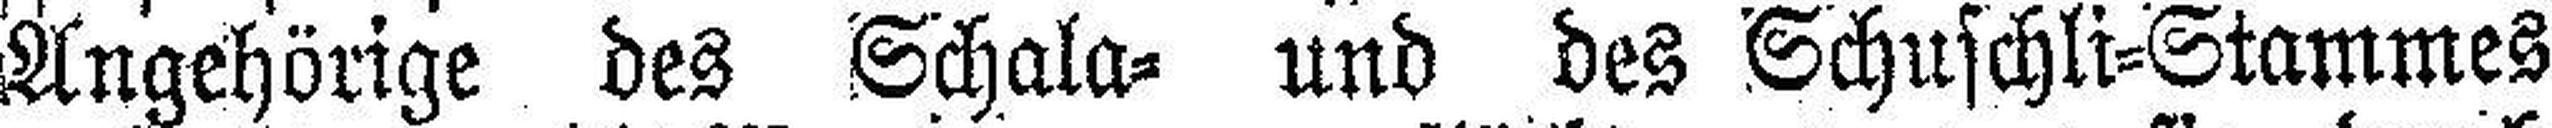
Angehörige des Schala= und des Schuschli=Stammes